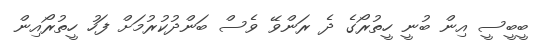
ބީބީސީ އިން ބުނީ ހީތުރޯގެ ދެ ރަންވޭ ވެސް ބަންދުކުރުމަށް ފަހު ހީތުރޯއިން